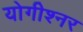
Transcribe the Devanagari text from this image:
योगीश्नर